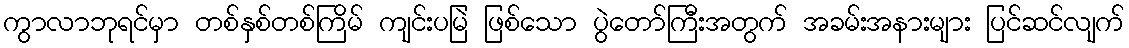
ကွာလာဘုရင်မှာ တစ်နှစ်တစ်ကြိမ် ကျင်းပမြဲ ဖြစ်သော ပွဲတော်ကြီးအတွက် အခမ်းအနားများ ပြင်ဆင်လျက်